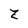
Character: Z